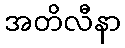
အတိလီနာ